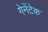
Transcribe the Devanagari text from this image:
गेनेंटेक